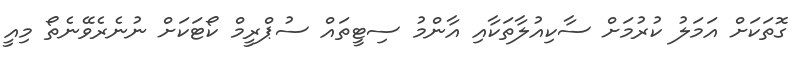
ގޮތަކަށް އަމަލު ކުރުމަށް ސާކިއުލާތަކާއި އާންމު ސިޓީތައް ސުޕްރީމް ކޯޓަކަށް ނުނެރެވޭނެތޯ މިއީ